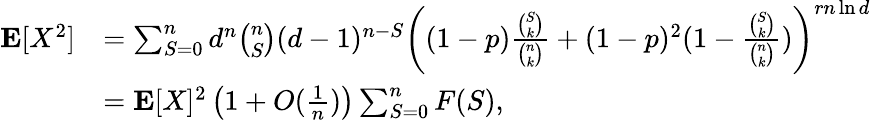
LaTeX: \begin{array}{rl}{\mathbf{E}[X^{2}]}&{=\sum_{S=0}^{n}d^{n}\binom nS(d-1)^{n-S}\left((1-p)\frac{\binom Sk}{\binom nk}+(1-p)^{2}(1-\frac{\binom Sk}{\binom nk})\right)^{rn\ln d}}\\ &{=\mathbf{E}[X]^{2}\left(1+O(\frac 1n)\right)\sum_{S=0}^{n}F(S),}\end{array}